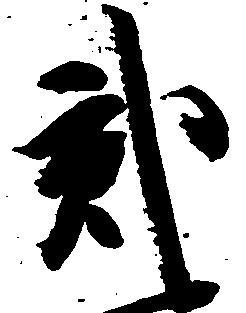
弐